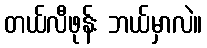
တယ်လီဖုန်း ဘယ်မှာလဲ။